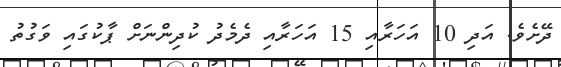
ދޭށެވެ. އަދި 10 އަހަރާއި 15 އަހަރާއި ދެމެދު ކުދިންނަށް ޕާކުގައި ވަގުތު